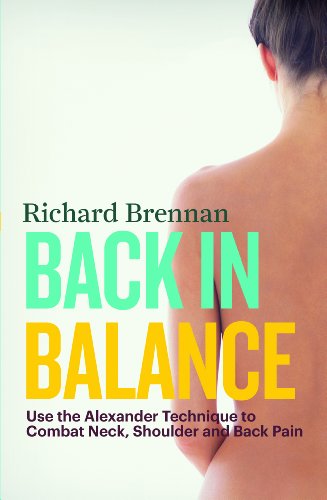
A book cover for Back in Balance: Use the Alexander Technique to Combat Neck, Shoulder and Back Pain; Richard Brennan; Health, Fitness & Dieting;